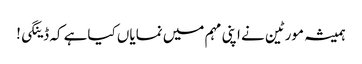
ہمیشہ مورٹین نے اپنی مہم میں نمایاں کیاہے کہ ڈینگی!